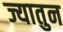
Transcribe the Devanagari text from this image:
ज्यातुन